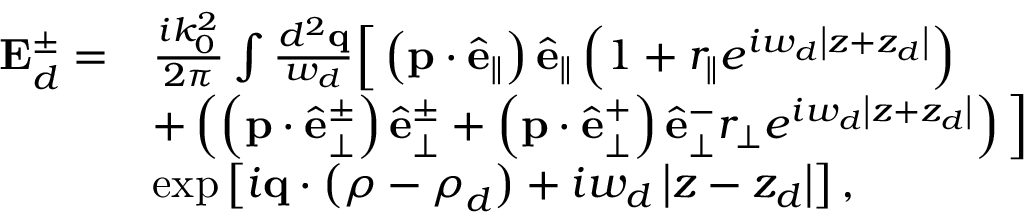
\begin{array} { r l } { \mathbf { E } _ { d } ^ { \pm } = } & { \frac { i k _ { 0 } ^ { 2 } } { 2 \pi } \int \frac { d ^ { 2 } \mathbf { q } } { w _ { d } } \Big [ \left( \mathbf { p } \cdot \hat { \mathbf { e } } _ { \parallel } \right) \hat { \mathbf { e } } _ { \parallel } \left( 1 + r _ { \parallel } e ^ { i w _ { d } \left\vert z + z _ { d } \right\vert } \right) } \\ & { + \left( \left( \mathbf { p } \cdot \hat { \mathbf { e } } _ { \perp } ^ { \pm } \right) \hat { \mathbf { e } } _ { \perp } ^ { \pm } + \left( \mathbf { p } \cdot \hat { \mathbf { e } } _ { \perp } ^ { + } \right) \hat { \mathbf { e } } _ { \perp } ^ { - } r _ { \perp } e ^ { i w _ { d } \left\vert z + z _ { d } \right\vert } \right) \Big ] } \\ & { \exp \left[ i \mathbf { q } \cdot \left( \boldsymbol { \rho } - \boldsymbol { \rho } _ { d } \right) + i w _ { d } \left\vert z - z _ { d } \right\vert \right] , } \end{array}